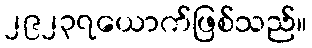
၂၉၂၃၇ယောက်ဖြစ်သည်။